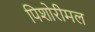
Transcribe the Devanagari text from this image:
पिशोरीमल